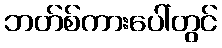
ဘတ်စ်ကားပေါ်တွင်